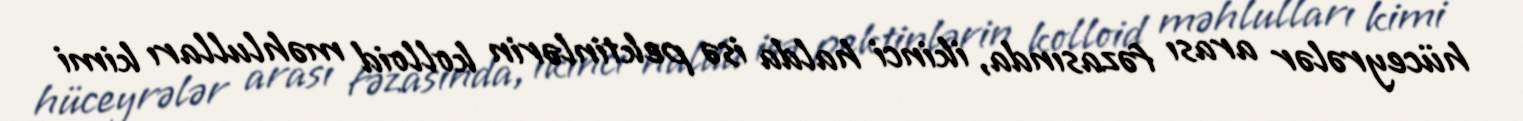
hüceyrələr arası fəzasında, ikinci halda isə pektinlərin kolloid məhlulları kimi